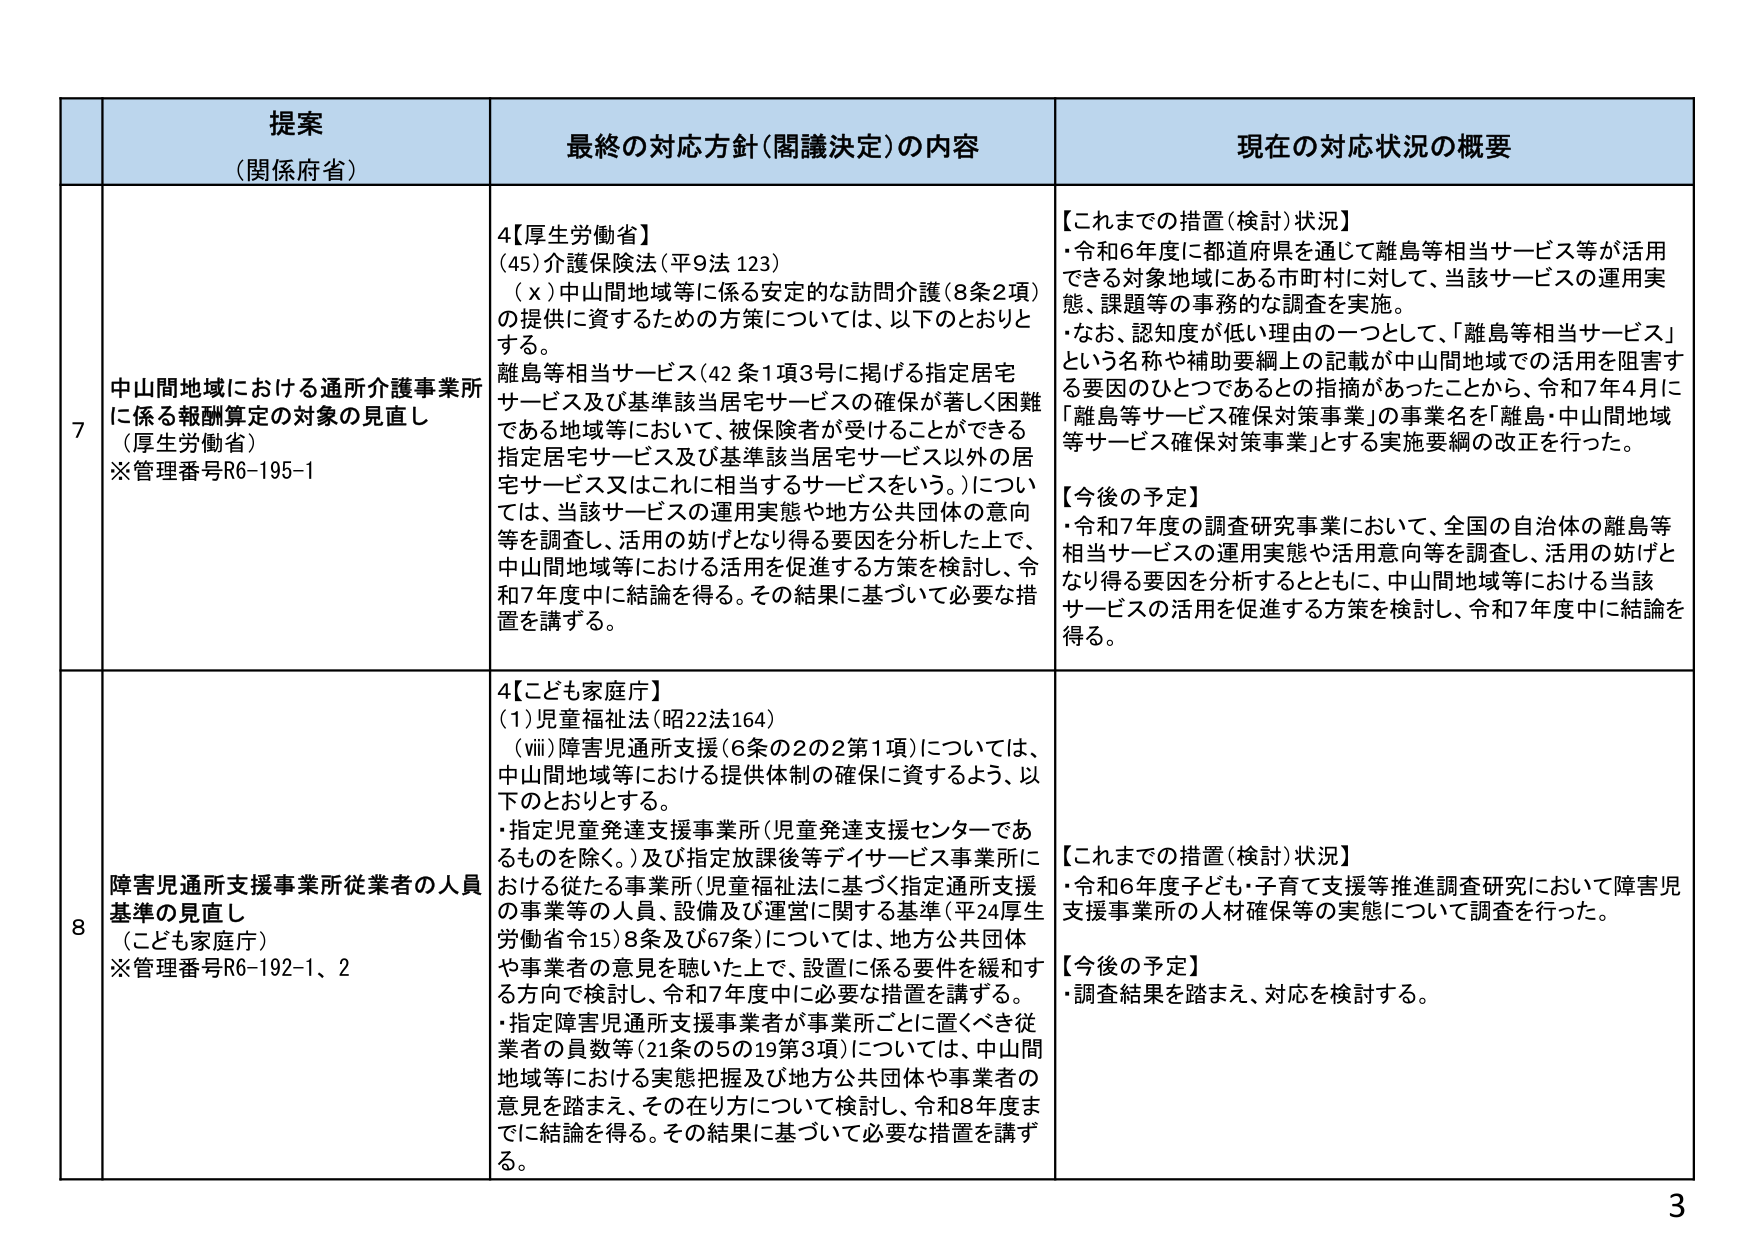
提案
（関係府省）

最終の対応方針（閣議決定）の内容

現在の対応状況の概要

7
中山間地域における通所介護事業所
に係る報酬算定の対象の見直し
（厚生労働省）
※管理番号R6-195-1

4【厚生労働省】
(45)介護保険法（平9法123）
（ｘ）中山間地域等に係る安定的な訪問介護（8条2項）
の提供に資するための方策については、以下のとおりと
する。
離島等相当サービス（42条1項3号に掲げる指定居宅
サービス及び基準該当居宅サービスの確保が著しく困難
である地域等において、被保険者が受けることができる
指定居宅サービス及び基準該当居宅サービス以外の居
宅サービス又はこれに相当するサービスをいう。）につい
ては、当該サービスの運用実態や地方公共団体の意向
等を調査し、活用の妨げとなり得る要因を分析した上で、
中山間地域等における活用を促進する方策を検討し、令
和7年度中に結論を得る。その結果に基づいて必要な措
置を講ずる。

【これまでの措置（検討）状況】
・令和6年度に都道府県を通じて離島等相当サービス等が活用
できる対象地域にある市町村に対して、当該サービスの運用実
態、課題等の事務的な調査を実施。
・なお、認知度が低い理由の一つとして、「離島等相当サービス」
という名称や補助要綱上の記載が中山間地域での活用を阻害す
る要因のひとつであるとの指摘があったことから、令和7年4月に
「離島等サービス確保対策事業」の事業名を「離島・中山間地域
等サービス確保対策事業」とする実施要綱の改正を行った。

【今後の予定】
・令和7年度の調査研究事業において、全国の自治体の離島等
相当サービスの運用実態や活用意向等を調査し、活用の妨げと
なり得る要因を分析するとともに、中山間地域等における当該
サービスの活用を促進する方策を検討し、令和7年度中に結論を
得る。

8
障害児通所支援事業所従業者の人員
基準の見直し
（こども家庭庁）
※管理番号R6-192-1、2

4【こども家庭庁】
(1)児童福祉法（昭22法164）
（viii）障害児通所支援（6条の2の2第1項）については、
中山間地域等における提供体制の確保に資するよう、以
下のとおりとする。
・指定児童発達支援事業所（児童発達支援センターであ
るものを除く。）及び指定放課後等デイサービス事業所に
おける従たる事業所（児童福祉法に基づく指定通所支援
の事業等の人員、設備及び運営に関する基準（平24厚生
労働省令15）8条及び67条）については、地方公共団体
や事業者の意見を聴いた上で、設置に係る要件を緩和す
る方向で検討し、令和7年度中に必要な措置を講ずる。
・指定障害児通所支援事業者が事業所ごとに置くべき従
業者の員数等（21条の5の19第3項）については、中山間
地域等における実態把握及び地方公共団体や事業者の
意見を踏まえ、その在り方について検討し、令和8年度ま
でに結論を得る。その結果に基づいて必要な措置を講ず
る。

【これまでの措置（検討）状況】
・令和6年度子ども・子育て支援等推進調査研究において障害児
支援事業所の人材確保等の実態について調査を行った。

【今後の予定】
・調査結果を踏まえ、対応を検討する。

3